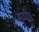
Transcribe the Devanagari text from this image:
समी।